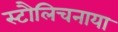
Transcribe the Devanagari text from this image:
स्टौलिचनाया